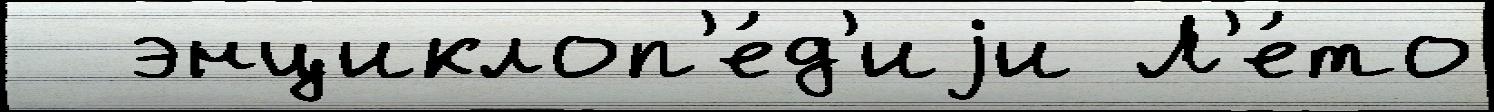
  энциклоп'е́д'иjи Л'е́то